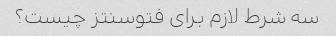
سه شرط لازم برای فتوسنتز چیست؟